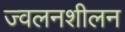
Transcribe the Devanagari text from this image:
ज्वलनशीलन